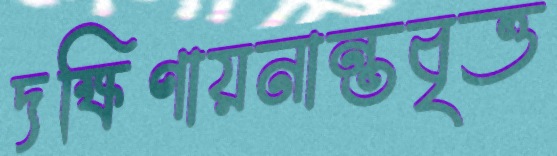
দক্ষিণায়নান্তবৃত্ত